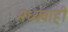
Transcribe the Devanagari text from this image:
मध्यवाही